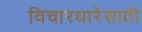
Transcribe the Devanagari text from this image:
विचारधारेसाठी